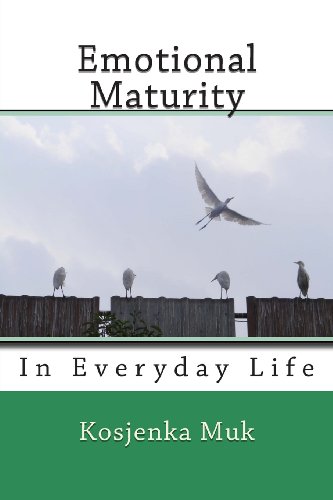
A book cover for Emotional Maturity: In Everyday Life; Kosjenka Muk; Self-Help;